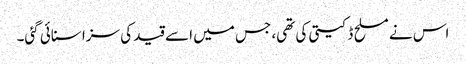
اس نے مسلح ڈکیتی کی تھی، جس میں اسے قید کی سزا سنائی گئی۔